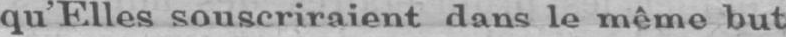
qu’Elles souscriraient dans le mémo but